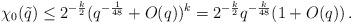
LaTeX: \begin{align*}\chi_0(\tilde{q}) \le 2^{-\frac{k}{2}} (q^{-\frac{1}{48}} + O(q))^k = 2^{-\frac{k}{2}}q^{-\frac{k}{48}} (1+O(q))\,.\end{align*}